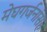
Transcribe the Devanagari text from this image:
मेघगर्जनांसह